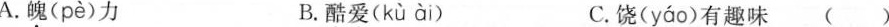
A.魄( pè )力 B.酷爱( kùài ) C.饶( yáo )有趣味()